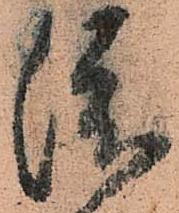
渡